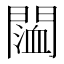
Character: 𨵨